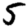
Digit: 5